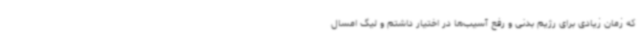
که زمان زیادی برای رژیم بدنی و رفع آسیب‌ها در اختیار داشتم و لیگ امسال